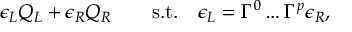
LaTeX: \epsilon _ { L } Q _ { L } + \epsilon _ { R } Q _ { R } \qquad \mathrm { s . t . } \quad \epsilon _ { L } = \Gamma ^ { 0 } \ldots \Gamma ^ { p } \epsilon _ { R } ,